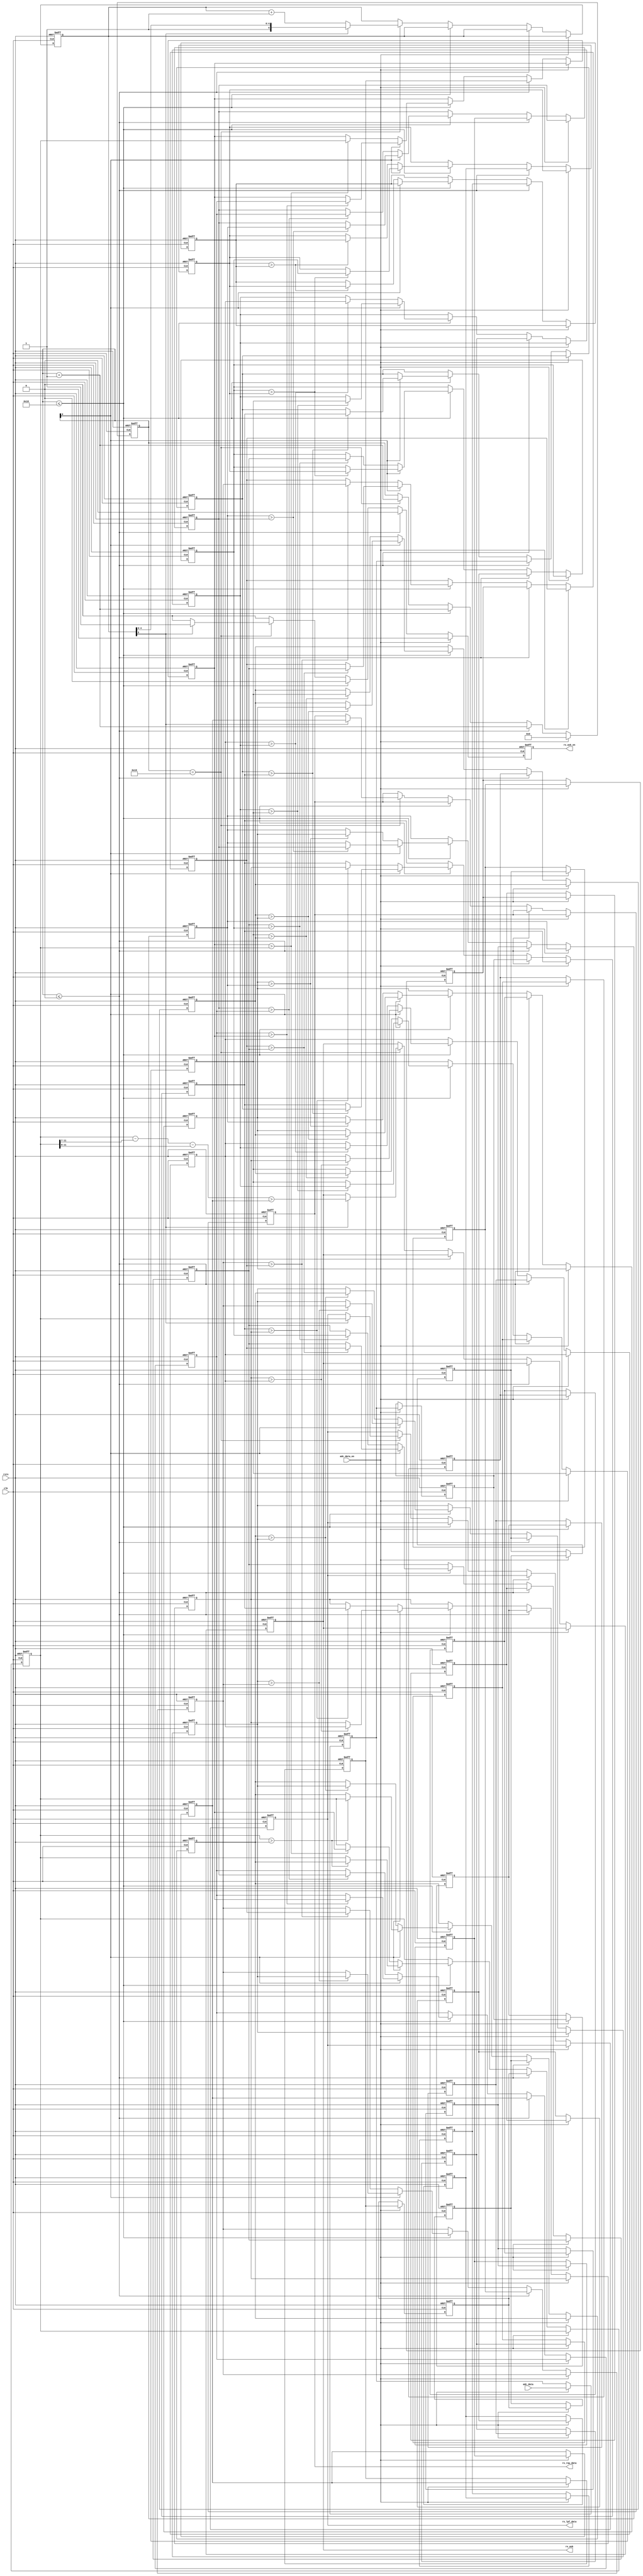

//--------------------------------------------------------------------------------------------------------
// Module  : nfca_rx_dsp
// Type    : synthesizable, IP's sub module
// Standard: Verilog 2001 (IEEE1364-2001)
// Function: called by nfca_controller
//--------------------------------------------------------------------------------------------------------

module nfca_rx_dsp (
    input  wire       rstn,              // 0:reset, 1:work
    input  wire       clk,               // require 81.36MHz
    // 12bit ADC data input (2.5425 Msa/s)
    input  wire       adc_data_en,
    input  wire[11:0] adc_data,
    // RX DSP result (2.5425 Mbps)
    output reg        rx_ask_en,         // rx_ask_en=1 will pulses every 32 clk cycles. When rx_ask_en=1, rx_ask, rx_lpf_data and rx_raw_data is valid.
    output reg        rx_ask,            // ASK demodulated signal. 1 means detected rx_raw_data is significantly less than rx_lpf_data, that is, the PICC (TAG) is sending a ASK signal.
    output reg [11:0] rx_lpf_data,       // low-frequency baseline, only for debug
    output reg [11:0] rx_raw_data        // rx_raw_data, which is to compare with rx_lpf_data, only for debug
);


initial {rx_ask_en, rx_ask, rx_lpf_data, rx_raw_data} = 0;

localparam       N           = 21;
localparam [5:0] SORT_CYCLES = 6'd24;

reg [ 5:0] ccnt = 0;
reg [ 5:0] acnt = 0;
reg [11:0] array  [0:(N-1)];
reg [11:0] sorted [0:(N-1)];

wire [11:0] lpf = sorted[12];              // sorted  21lpf 12 lpf 
wire [11:0] raw = array [10];              // array   21raw 10 raw 

integer ii;

// ASK  DSP   ADC (baseline) ADC  baseline  ASK  '1'
//   array  21  ADC  array  sorted 22  sorted  sorted 
always @ (posedge clk or negedge rstn)
    if(~rstn) begin
        rx_ask_en <= 1'b0;
        {rx_ask, rx_lpf_data, rx_raw_data} <= 0;
        ccnt <= 0;
        acnt <= 0;
        for (ii=0; ii<N; ii=ii+1) begin
            array[ii]  <= 0;
            sorted[ii] <= 0;
        end
    end else begin
        rx_ask_en <= 1'b0;
        if(adc_data_en) begin
            ccnt <= 0;
            array[0] <= adc_data;
            for(ii=0; ii<N-1; ii=ii+1) array[ii+1] <= array[ii];
        end else if(ccnt <= 6'd0) begin 
            ccnt <= ccnt + 6'd1;
            for(ii=0; ii<N; ii=ii+1) sorted[ii] <= array[ii];
        end else if(ccnt <= SORT_CYCLES) begin                        //  SORT_CYCLES  array len=N N+1 
            ccnt <= ccnt + 6'd1;
            if(ccnt[0]) begin
                for(ii=0; ii<N-1; ii=ii+2) begin                      //  ccnt=  012345
                    if( sorted[ii] > sorted[ii+1] ) begin
                        sorted[ii] <= sorted[ii+1];
                        sorted[ii+1] <= sorted[ii];
                    end
                end
            end else begin
                for(ii=1; ii<N  ; ii=ii+2) begin                      //  ccnt=  123456
                    if( sorted[ii] > sorted[ii+1] ) begin
                        sorted[ii] <= sorted[ii+1];
                        sorted[ii+1] <= sorted[ii];
                    end
                end
            end
        end else if(ccnt == SORT_CYCLES + 6'd1) begin
            ccnt <= ccnt + 6'd1;
            if(acnt[5]) begin
                rx_ask_en <= 1'b1;
                rx_ask <= ( lpf - {7'h0,lpf[11:7]} - {8'h0,lpf[11:8]} > raw );               //  raw < 0.988*lpf ,  PICC  ASK 
                rx_lpf_data <= lpf;
                rx_raw_data <= raw;
            end else
                acnt <= acnt + 6'd1;
        end
    end

endmodule